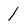
Character: 1